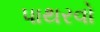
પાથરવો